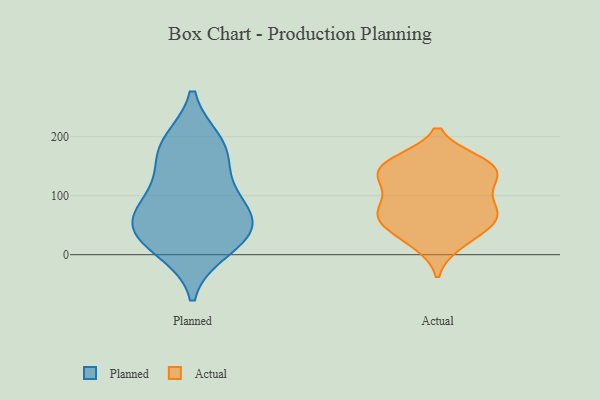
{"axis": {"x": "Headcount", "y": "Value"}, "legend": ["Actual", "Planned"], "data": [{"x": "", "y": 29, "type": "Planned"}, {"x": "", "y": 183, "type": "Planned"}, {"x": "", "y": 10, "type": "Planned"}, {"x": "", "y": 58, "type": "Planned"}, {"x": "", "y": 53, "type": "Planned"}, {"x": "", "y": 189, "type": "Planned"}, {"x": "", "y": 38, "type": "Planned"}, {"x": "", "y": 88, "type": "Planned"}, {"x": "", "y": 159, "type": "Planned"}, {"x": "", "y": 101, "type": "Planned"}, {"x": "", "y": 18, "type": "Actual"}, {"x": "", "y": 147, "type": "Actual"}, {"x": "", "y": 25, "type": "Actual"}, {"x": "", "y": 113, "type": "Actual"}, {"x": "", "y": 153, "type": "Actual"}, {"x": "", "y": 77, "type": "Actual"}, {"x": "", "y": 73, "type": "Actual"}, {"x": "", "y": 64, "type": "Actual"}, {"x": "", "y": 50, "type": "Actual"}, {"x": "", "y": 71, "type": "Actual"}, {"x": "", "y": 152, "type": "Actual"}, {"x": "", "y": 127, "type": "Actual"}, {"x": "", "y": 158, "type": "Actual"}, {"x": "", "y": 71, "type": "Actual"}, {"x": "", "y": 111, "type": "Actual"}, {"x": "", "y": 155, "type": "Actual"}, {"x": "", "y": 48, "type": "Actual"}, {"x": "", "y": 131, "type": "Actual"}]}